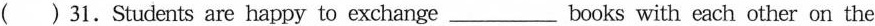
( ) 31. Students are happy to exchange___books with each other on the